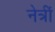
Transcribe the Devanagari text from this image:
नेत्रीं